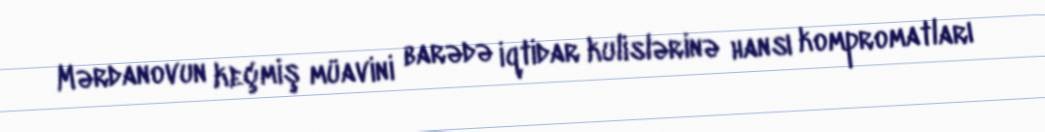
Mərdanovun keçmiş müavini barədə iqtidar kulislərinə hansı kompromatları